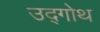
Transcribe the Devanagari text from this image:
उद्गोथ